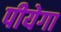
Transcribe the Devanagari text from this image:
पीयेगा